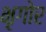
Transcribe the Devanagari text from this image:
भृगोर